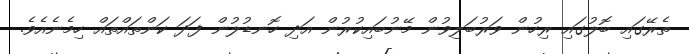
ތެރޭގައި ބޮލުގައި ރިހުން ވަރުބަލިވުން މޭނުބައިކުރުން އަދި ހޮނޑުލުން ފަދަ ކަންތައްތައް ހިމެނެއެވެ.